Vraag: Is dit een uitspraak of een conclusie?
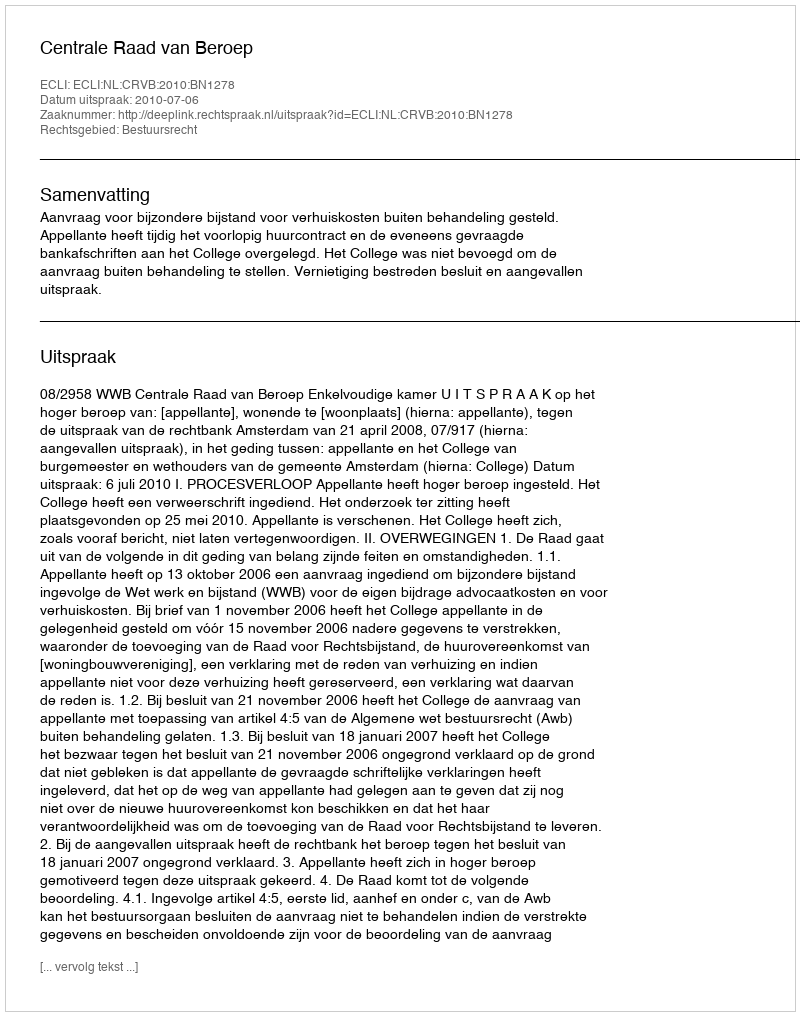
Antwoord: Uitspraak